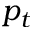
p _ { t }